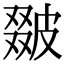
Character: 𤿵